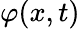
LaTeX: \varphi(x,t)